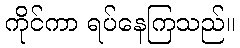
ကိုင်ကာ ရပ်နေကြသည်။